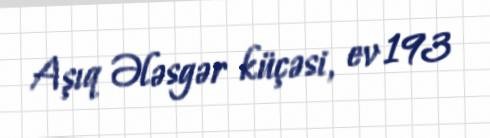
Aşıq Ələsgər küçəsi, ev 193